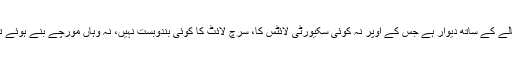
اُن کے الفاظ میں ’ایک نالے کے ساتھ دیوار ہے جس کے اوپر نہ کوئی سکیورٹی لائٹس کا، سرچ لائٹ کا کوئی بندوبست نہیں، نہ وہاں مورچے بنے ہوئے تھے نہ سرچ ٹاور تھے۔